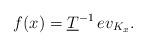
LaTeX: \begin{align*}f(x)=\underline{T}^{-1}\,ev_{K_{x}}. \end{align*}